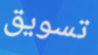
تسويق